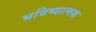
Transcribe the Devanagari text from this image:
भविष्यात्मक